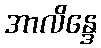
အာလိန္ဒေ